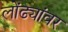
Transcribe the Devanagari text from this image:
लोंढ्यांवर